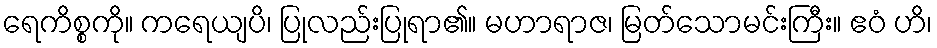
ရေကိစ္စကို။ ကရေယျပိ၊ ပြုလည်းပြုရာ၏။ မဟာရာဇ၊ မြတ်သောမင်းကြီး။ ဧဝံ ဟိ၊